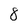
Character: 8